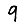
Digit: 9